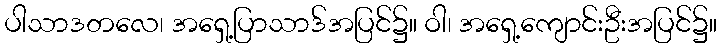
ပါသာဒတလေ၊ အရှေ့ပြာသာဒ်အပြင်၌။ ဝါ၊ အရှေ့ကျောင်းဦးအပြင်၌။